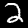
Label: 2